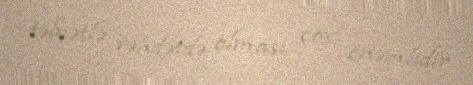
təbiətlə vəhdətdə olması çox önəmlidir.